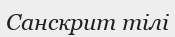
Санскрит тілі